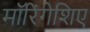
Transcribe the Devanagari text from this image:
मॉरिंगेशिए